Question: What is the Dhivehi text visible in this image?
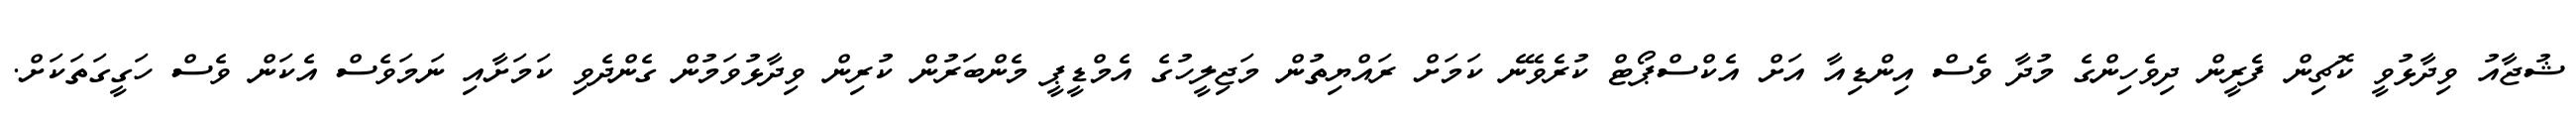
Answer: ޝުޖާއު ވިދާޅުވީ ކޮޗިން ފެރީން ދިވެހިންގެ މުދާ ވެސް އިންޑިއާ އަށް އެކްސްޕޯޓް ކުރެވޭނެ ކަމަށް ރައްޔިތުން މަޖިލީހުގެ އެމްޑީޕީ މެންބަރުން ކުރިން ވިދާޅުވަމުން ގެންދެވި ކަމަށާއި ނަމަވެސް އެކަން ވެސް ހަގީގަތަކަށް.